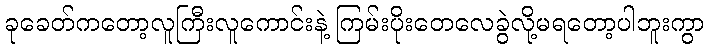
ခုခေတ်ကတော့လူကြီးလူကောင်းနဲ့ ကြမ်းပိုးတေလေခွဲလို့မရတော့ပါဘူးကွာ